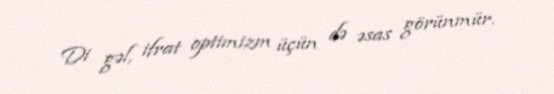
Di gəl, ifrat optimizm üçün də əsas görünmür.